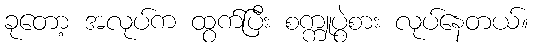
ခုတော့ အလုပ်က ထွက်ပြီး စက္ကူပွဲစား လုပ်နေတယ်။